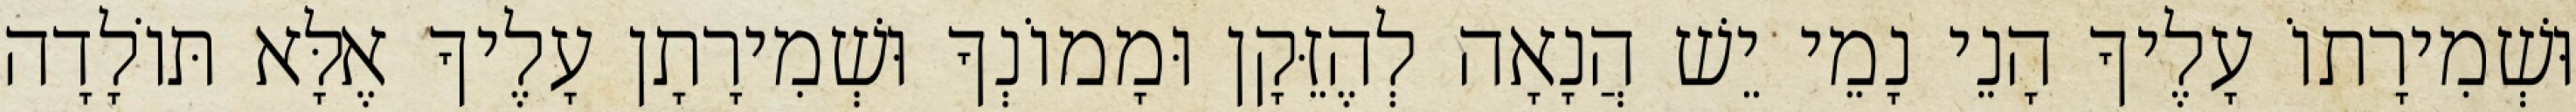
וּשְׁמִירָתוֹ עָלֶיךָ הָנֵי נָמֵי יֵשׁ הֲנָאָה לְהֶזֵּקָן וּמָמוֹנְךָ וּשְׁמִירָתָן עָלֶיךָ אֶלָּא תּוֹלָדָה